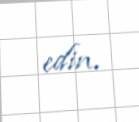
edin.